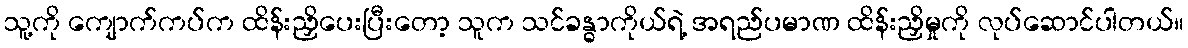
သူ့ကို ကျောက်ကပ်က ထိန်းညှိပေးပြီးတော့ သူက သင်ခန္ဓာကိုယ်ရဲ့ အရည်ပမာဏ ထိန်းညှိမှုကို လုပ်ဆောင်ပါတယ်။